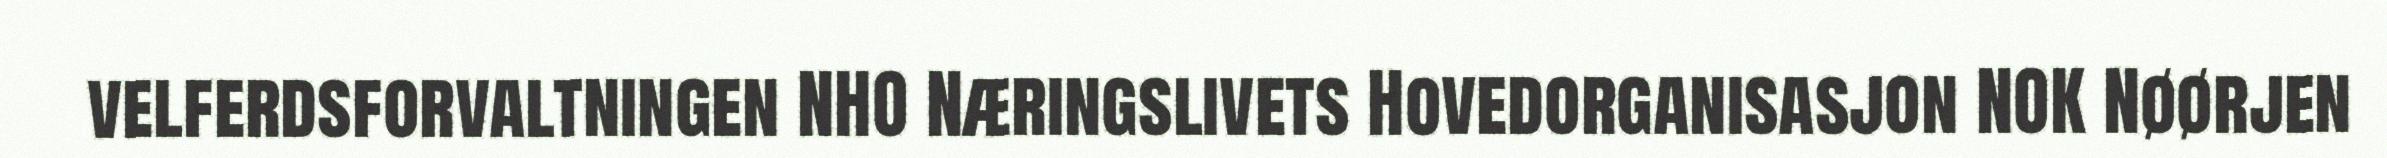
velferdsforvaltningen NHO Næringslivets Hovedorganisasjon NOK Nøørjen